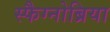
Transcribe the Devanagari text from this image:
स्फैग्नोब्रिया